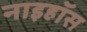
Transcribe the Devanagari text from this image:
नाइहॉस